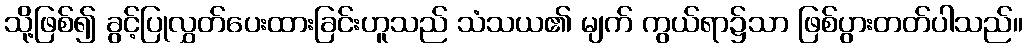
သို့ဖြစ်၍ ခွင့်ပြုလွှတ်ပေးထားခြင်းဟူသည် သံသယ၏ မျက် ကွယ်ရာ၌သာ ဖြစ်ပွားတတ်ပါသည်။